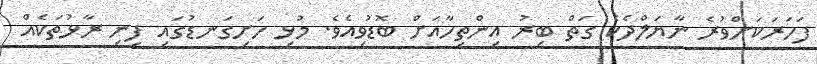
ފަހަރަކަށްވުރެ ނާޔަލްދެކެ ގަތް ބިރު އިންތިހާއަށް ބޮޑުވިއެވެ. މުޅި ހަށިގަނޑުގައި ފިނި ރާޅުތަކެއް